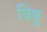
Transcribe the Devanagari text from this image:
त्रिषु